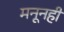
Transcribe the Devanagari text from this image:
मनूनही